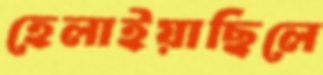
হেলাইয়াছিলে